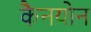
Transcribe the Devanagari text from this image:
कैनयोन